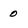
Character: 0